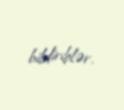
bildiriblər.